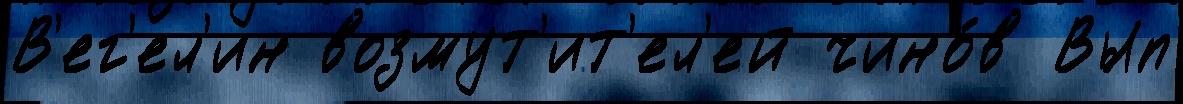
В'ег'ел'ин возмут'ит'ел'ей чино́в Вып